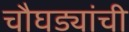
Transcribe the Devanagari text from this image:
चौघड्यांची